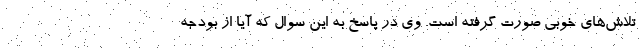
تلاش‌های خوبی صورت گرفته است. وی در پاسخ به این سوال که آیا از بودجه